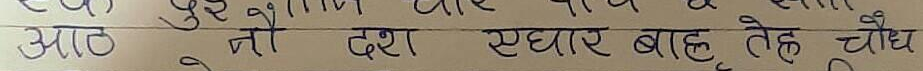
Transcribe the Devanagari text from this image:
आठ नौ दश सधार बाहु तेह चौध